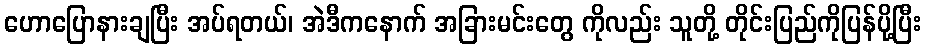
ဟောပြောနားချပြီး အပ်ရတယ်၊ အဲဒီကနောက် အခြားမင်းတွေ ကိုလည်း သူတို့ တိုင်းပြည်ကိုပြန်ပို့ပြီး